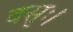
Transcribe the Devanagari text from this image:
वसुः।